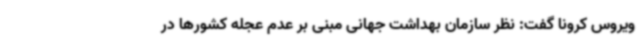
ویروس کرونا گفت: نظر سازمان بهداشت جهانی مبنی بر عدم عجله کشورها در